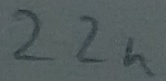
Text: 22n